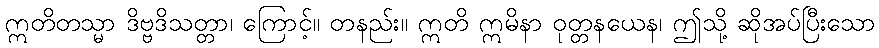
ဣတိတသ္မာ ဒိဗ္ဗဒိသတ္တာ၊ ကြောင့်။ တနည်း။ ဣတိ ဣမိနာ ဝုတ္တနယေန၊ ဤသို့ ဆိုအပ်ပြီးသော